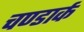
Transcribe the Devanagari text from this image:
चण्डार्क